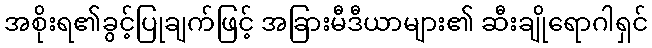
အစိုးရ၏ခွင့်ပြုချက်ဖြင့် အခြားမီဒီယာများ၏ ဆီးချိုရောဂါရှင်